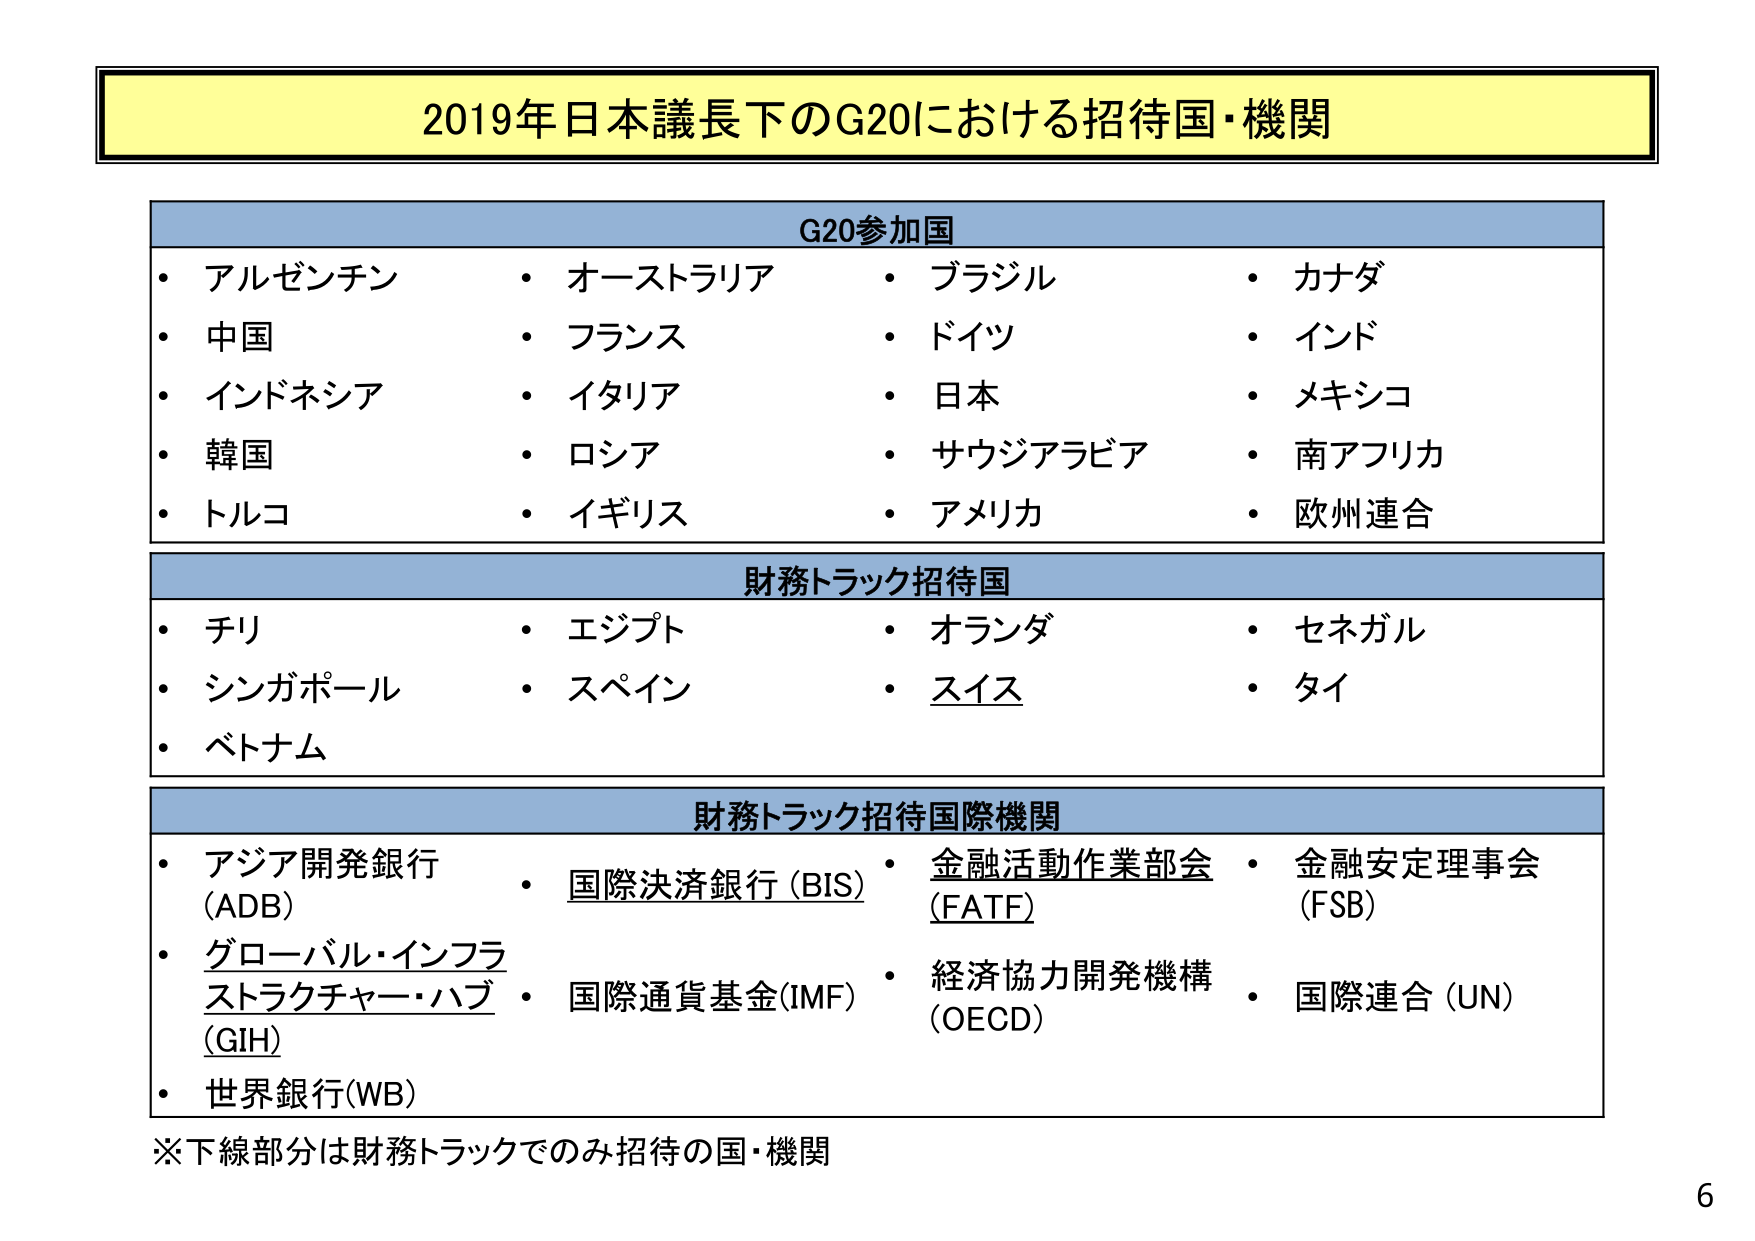
2019年日本議長下のG20における招待国・機関

G20参加国
・アルゼンチン
・中国
・インドネシア
・韓国
・トルコ
・オーストラリア
・フランス
・イタリア
・ロシア
・イギリス
・ブラジル
・ドイツ
・日本
・サウジアラビア
・アメリカ
・カナダ
・インド
・メキシコ
・南アフリカ
・欧州連合

財務トラック招待国
・チリ
・シンガポール
・ベトナム
・エジプト
・スペイン
・オランダ
・スイス
・セネガル
・タイ

財務トラック招待国際機関
・アジア開発銀行（ADB）
・グローバル・インフラストラクチャー・ハブ（GIH）
・世界銀行（WB）
・国際決済銀行（BIS）
・国際通貨基金（IMF）
・金融活動作業部会（FATF）
・経済協力開発機構（OECD）
・金融安定理事会（FSB）
・国際連合（UN）

※下線部分は財務トラックでのみ招待の国・機関

6